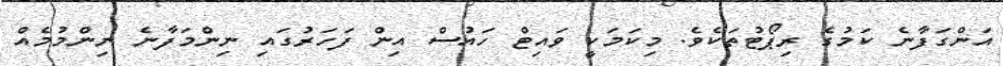
އަންގަފާނެ ކަމުގެ ރިޕޯޓުތަކެވެ. މިކަމަކީ ވައިޓް ހައުސް އިން ފަހަރުގައި ނިންމަފާނެ ނިންމުމެއް